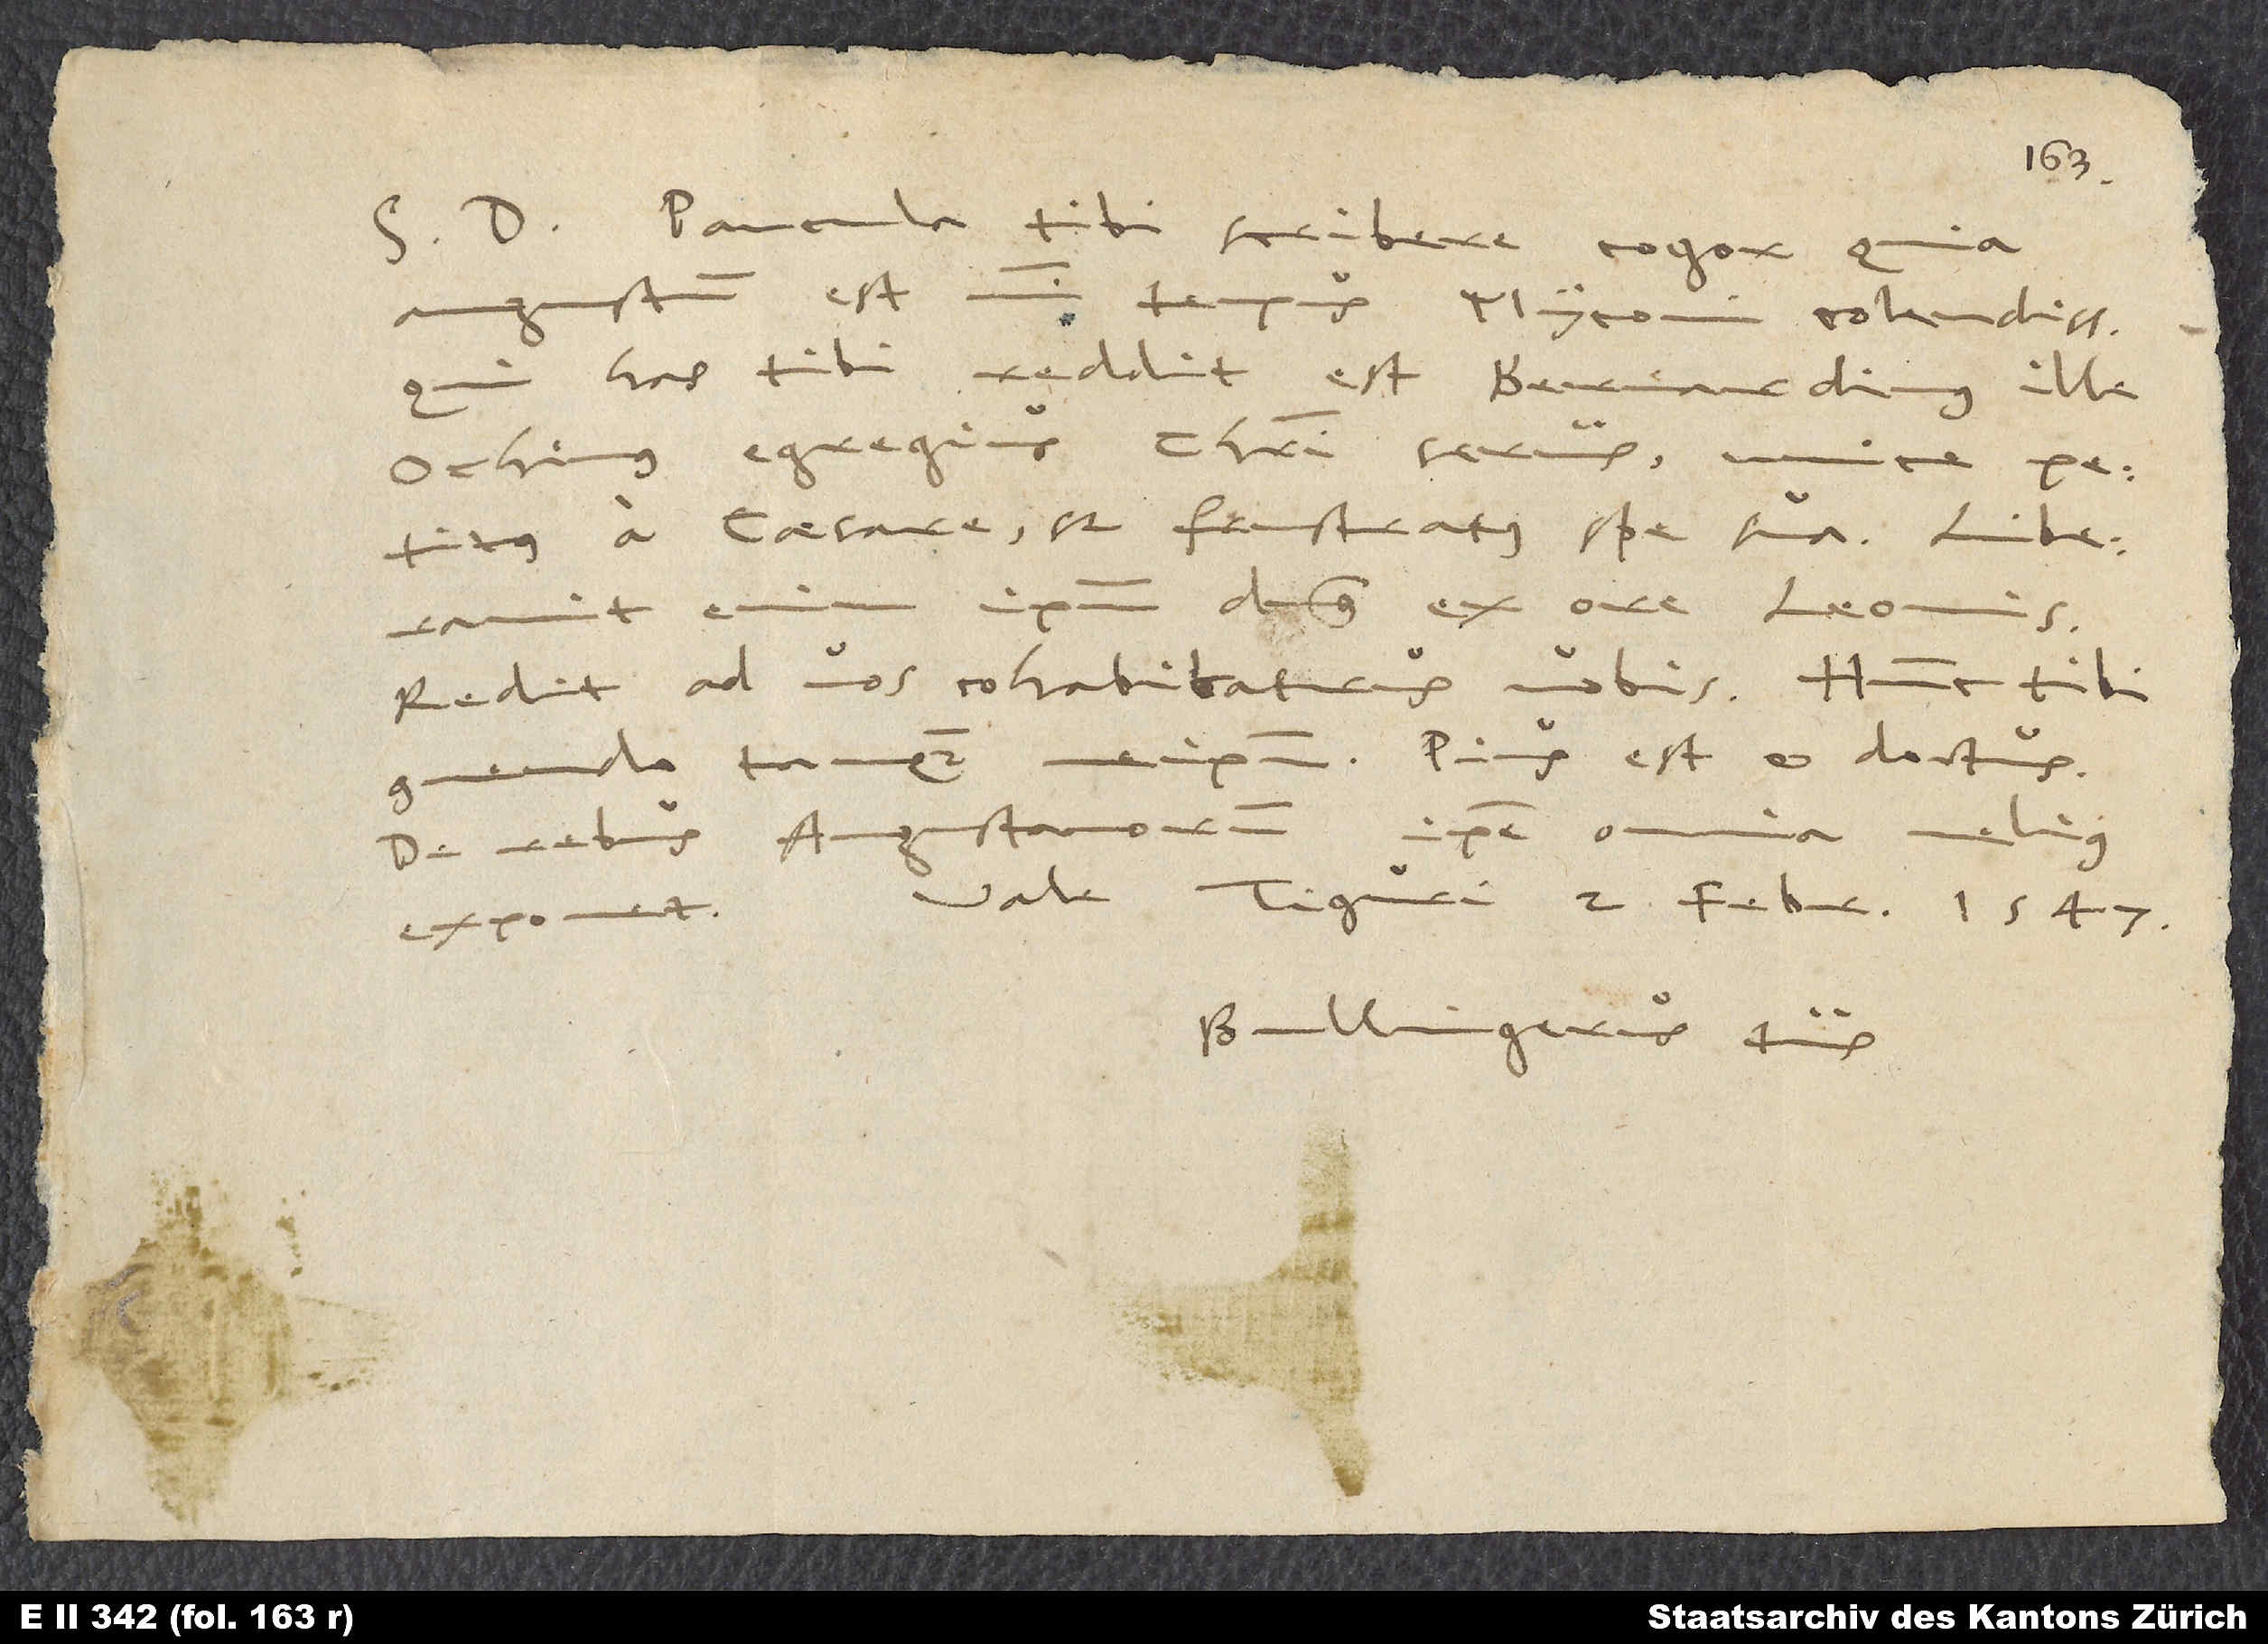
S. D. Paucula tibi scribere cogor, quia
angustum est mihi tempus, Myconi colendissime.
Qui has tibi reddit, est Bernardinus ille
Ochinus, egregius Christi servus, unice petitus
a caesare, sed frustratus spe sua. Liberavit
dominus ex ore leonis.
Redit ad vos cohabitaturus vobis. Hunc tibi
ipsum! Pius est et doctus.
De rebus Augustanorum ipse omnia
melius
exponet. Vale. Tiguri, 2. februarii 1547.
Bullingerus tuus.